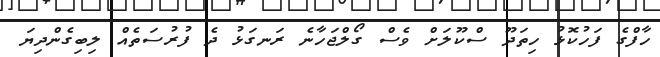
ހާފްގެ ފަހުކޮޅު ހިތަދޫ ސްކޫލަށް ވެސް ގޯލްޖަހާނެ ރަނގަޅު ދެ ފުރުސަތެއް ލިބިގެންދިޔަ